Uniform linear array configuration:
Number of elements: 4
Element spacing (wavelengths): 1
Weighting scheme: hamming
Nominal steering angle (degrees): -60
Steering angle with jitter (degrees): -61.995
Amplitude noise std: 0.05
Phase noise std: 0.05

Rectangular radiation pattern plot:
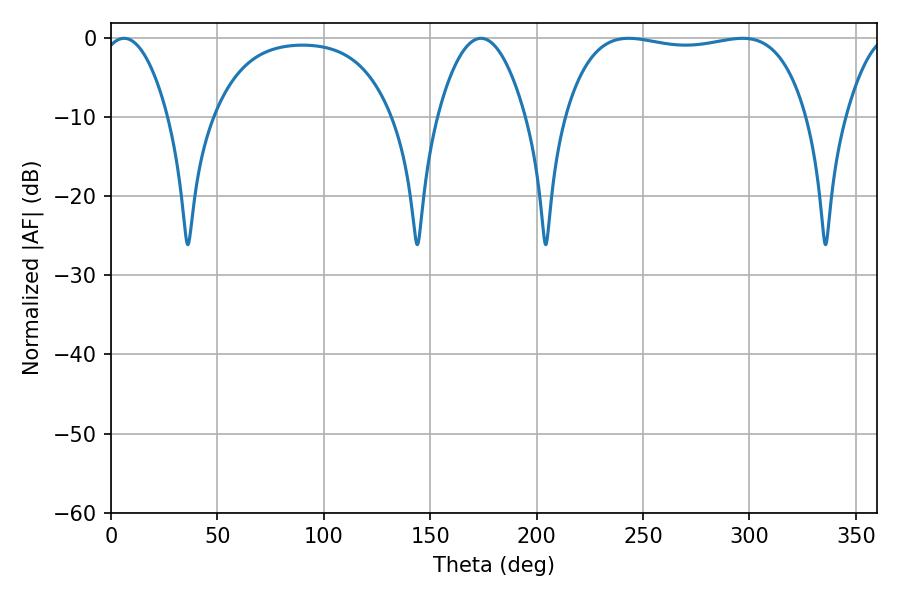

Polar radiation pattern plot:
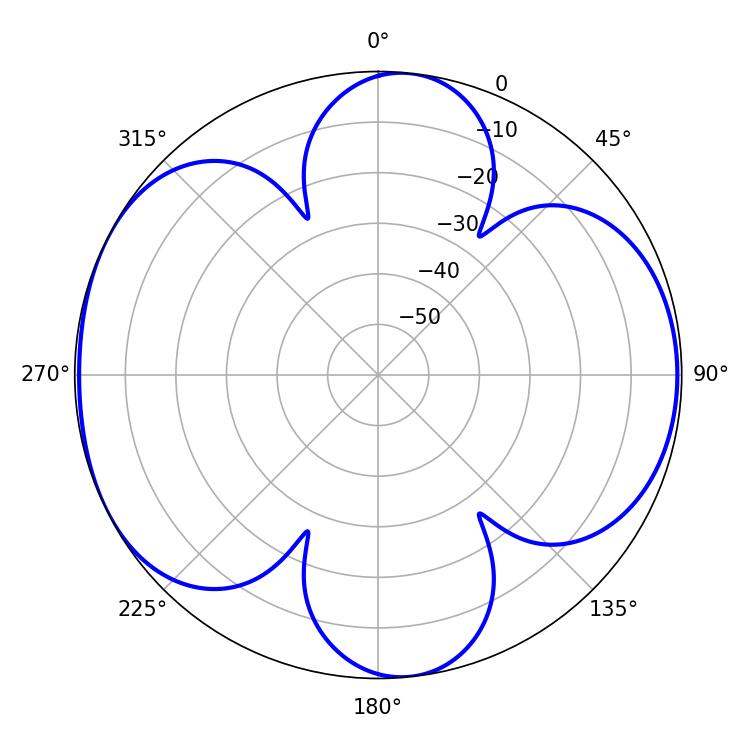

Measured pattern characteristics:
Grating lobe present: TRUE
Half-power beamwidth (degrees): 22.68
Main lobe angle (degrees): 173.88